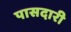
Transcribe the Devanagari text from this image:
पासदारी